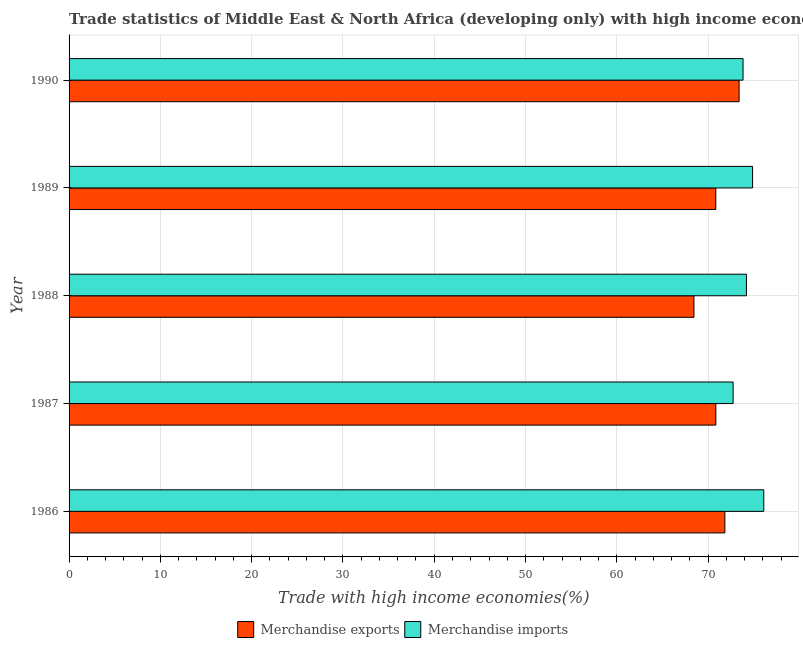
| Year | Merchandise exports | Merchandise imports |
 | --- | --- | --- |
 | 1986 | 71.8 | 76.1 |
 | 1987 | 70.8 | 72.7 |
 | 1988 | 68.4 | 74.2 |
 | 1989 | 70.8 | 74.9 |
 | 1990 | 73.4 | 73.8 |